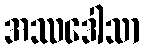
အဿဒေါသာ